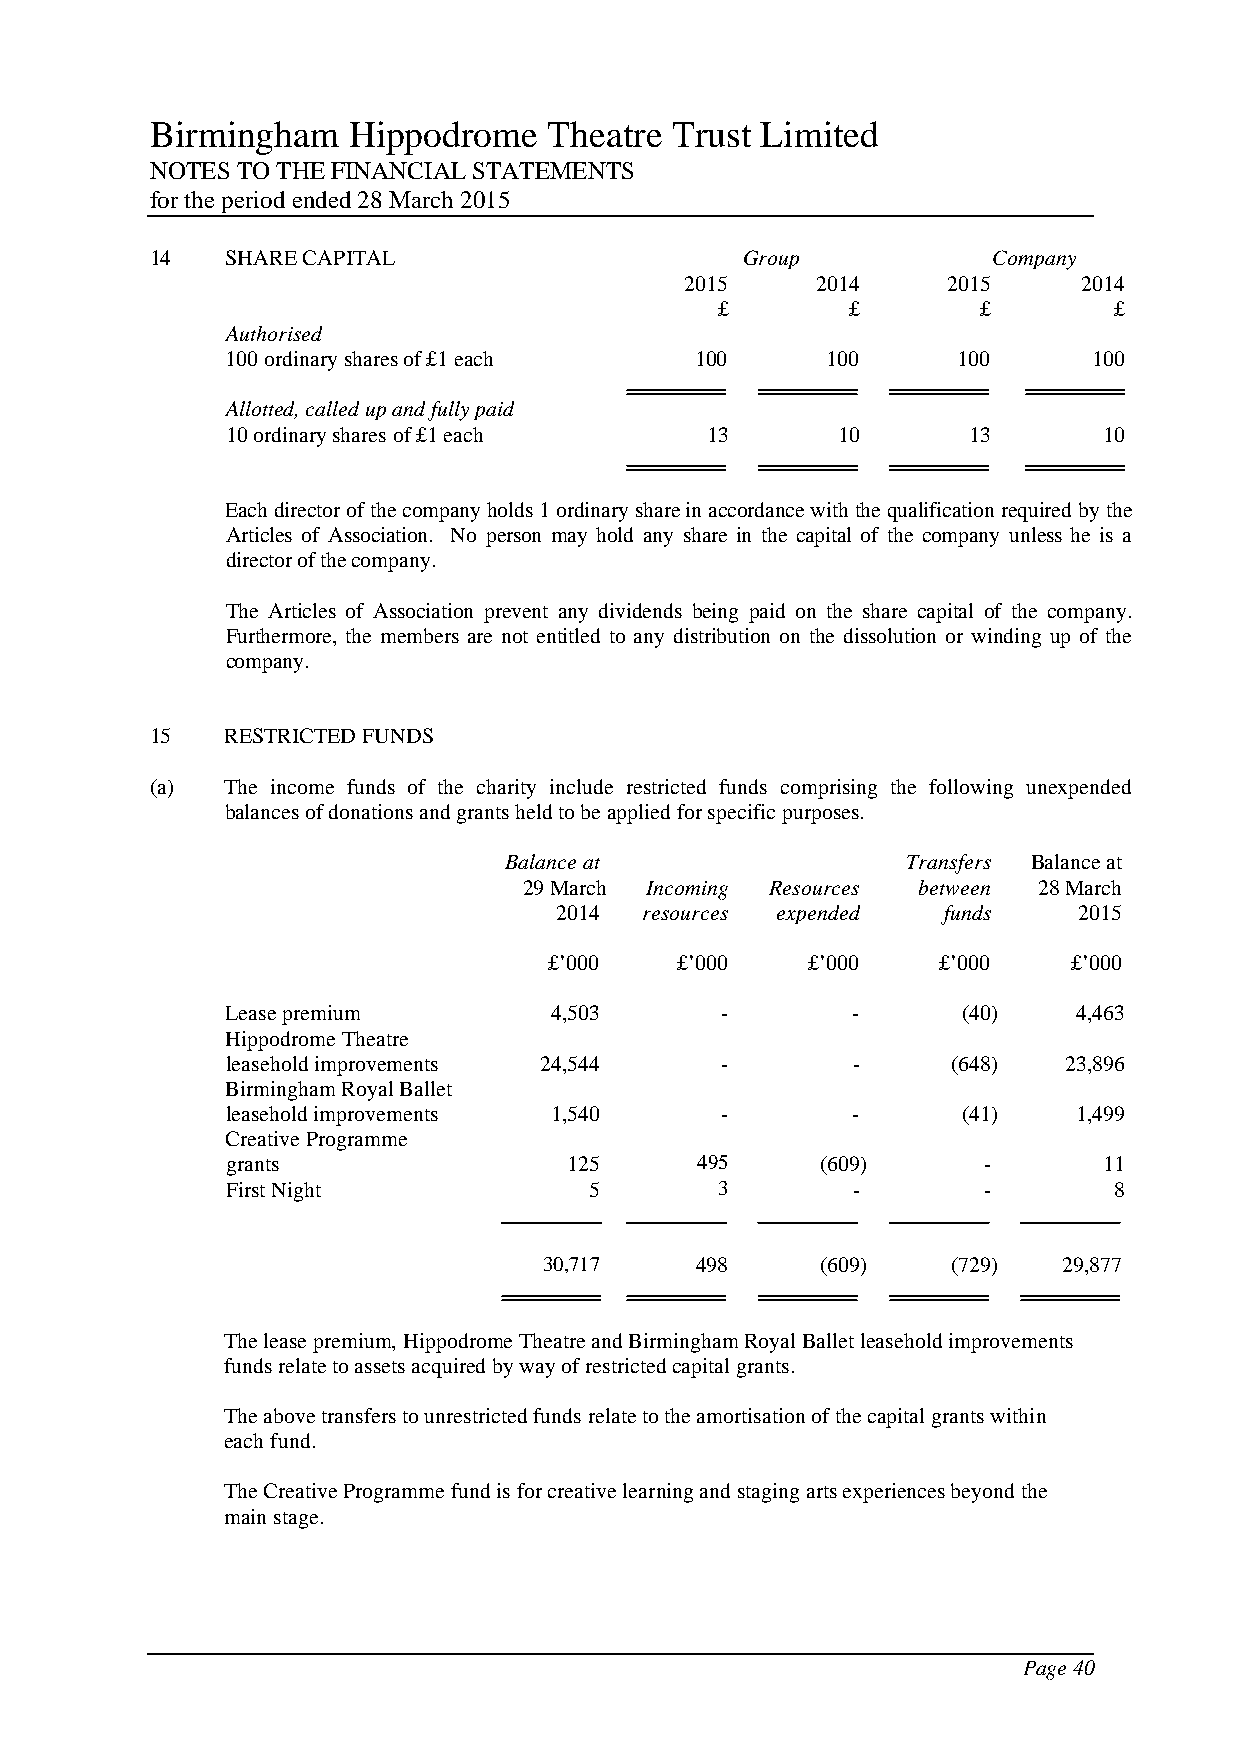
Birmingham   Hippodrome   Theatre Trust Limited
 NOTES TO THE FINANCIAL STATEMENTS
 for the period ended 28 March 2015
 14   SHARE CAPITAL                     Group            Company
 2015     2014     2015     2014
 £        £        £        £
 Authorised
 100 ordinary shares of £1 each 100      100     100      100
 Allotted, called up and fully paid
 10 ordinary shares of £1 each   13      10       13       10
 Each director of the company holds 1 ordinary share in accordance with the qualification required by the
 Articles of Association. No person may hold any share in the capital of the company unless he is a
 director of the company.
 The Articles of Association prevent any dividends being paid on the share capital of the company.
 Furthermore, the members are not entitled to any distribution on the dissolution or winding up of the
 company.
 15   RESTRICTED FUNDS
 (a)  The income funds of the charity include restricted funds comprising the following unexpended
 balances of donations and grants held to be applied for specific purposes.
 Balance at                 Transfers Balance at
 29 March Incoming Resources between 28 March
 2014  resources expended funds    2015
 £’000    £’000    £’000   £’000    £’000
 Lease premium        4,503       -       -       (40)   4,463
 Hippodrome Theatre
 leasehold improvements 24,544    -       -      (648)  23,896
 Birmingham Royal Ballet
 leasehold improvements 1,540     -       -       (41)   1,499
 Creative Programme
 grants                 125     495     (609)      -       11
 First Night             5        3       -        -        8
 30,717    498     (609)    (729)  29,877
 The lease premium, Hippodrome Theatre and Birmingham Royal Ballet leasehold improvements
 funds relate to assets acquired by way of restricted capital grants.
 The above transfers to unrestricted funds relate to the amortisation of the capital grants within
 each fund.
 The Creative Programme fund is for creative learning and staging arts experiences beyond the
 main stage.
 Page 40